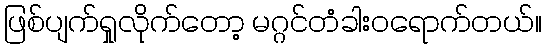
ဖြစ်ပျက်ရှုလိုက်တော့ မဂ္ဂင်တံခါးဝရောက်တယ်။